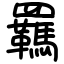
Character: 羈